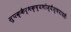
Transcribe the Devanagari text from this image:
सुपक्कैर्भक्ष्यभोज्यैश्चपायसैः